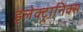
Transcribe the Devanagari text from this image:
इलेक्‍ट्रानिक्‍स